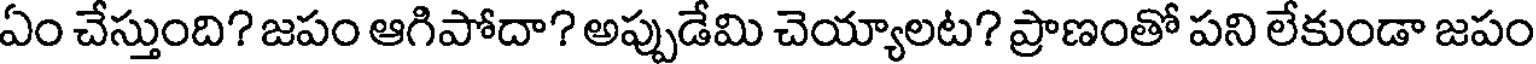
ఏం చేస్తుంది? జపం ఆగిపోదా? అప్పుడేమి చెయ్యాలట? ప్రాణంతో పని లేకుండా జపం